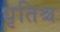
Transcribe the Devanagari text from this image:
धृतिश्च